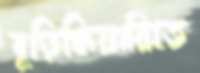
বুড়িকিয়ারিতে